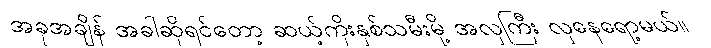
အခုအချိန် အခါဆိုရင်တော့ ဆယ့်ကိုးနှစ်သမီးမို့ အလှကြီး လှနေရော့မယ်။